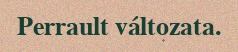
Perrault változata.